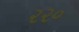
૨૨૦